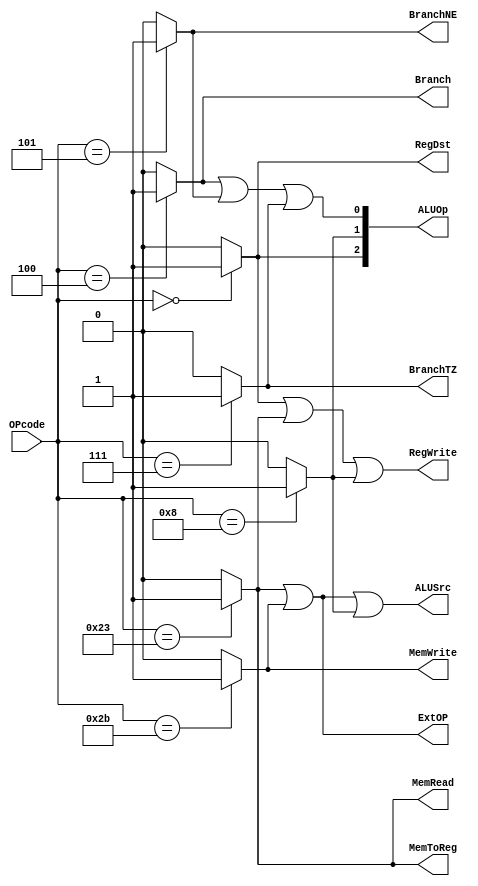
module ControlUnit(OPcode, ALUOp, RegDst, ALUSrc, MemToReg, RegWrite, MemRead, MemWrite, BranchNE, Branch, BranchTZ ,ExtOP);
    
    input [5:0] OPcode;
    output wire [2:0] ALUOp;
    output RegDst;
    output ALUSrc;
    output MemToReg;
    output RegWrite;
    output MemRead;
    output MemWrite;
    output BranchNE;
    output Branch;
    output BranchTZ;
    output ExtOP;
    
    wire R_type;
    wire LW ;
    wire SW;
    wire BEQ;
    wire BNEQ;
    wire BGTZ;
    wire addi;
    
    
    assign R_type = (OPcode == 6'b000000) ? 1'b1:1'b0;
    assign LW = (OPcode == 6'b100011) ? 1'b1:1'b0;
    assign SW = (OPcode == 6'b101011) ? 1'b1:1'b0;
    assign BEQ = (OPcode == 6'b000100) ? 1'b1:1'b0;
    assign BNEQ = (OPcode == 6'b000101) ? 1'b1:1'b0;
    assign BGTZ = (OPcode == 6'b000111) ? 1'b1:1'b0;
    assign addi = (OPcode == 6'b001000) ? 1'b1:1'b0;
      
    assign Branch = BEQ;
    assign BranchNE = BNEQ;
    assign BranchTZ = BGTZ;
   
    assign MemToReg = LW;
   
    assign ALUSrc = (LW | SW| addi); 
   
   assign RegDst = R_type;
   assign MemRead = LW;
   assign MemWrite = SW;
   assign RegWrite = (R_type | LW | addi);
   
   assign ExtOP = (LW | SW);
   
   assign ALUOp[2] = R_type;
   assign ALUOp[1] = addi;
   assign ALUOp[0] = (BEQ | BNEQ | BGTZ);
   
   // For debugging
   //  always @* begin
   //     $display ("--CONTROL UNIT--");
    //    $display("Opcode %b", OPcode);
   //     $display ("R_type %h ", R_type );
    //    $display ("LW %h ", LW );
   //     $display ("SW %h ", SW );
    //    $display ("Branch %b ", Branch );
   //      $display ("BranchNE %b ", BranchNE );
   //      $display ("BranchTZ %b ", BGTZ );
    //    $display ("RegWrite %b ", RegWrite );
     //    $display ("----------------");
    //  end
   

endmodule